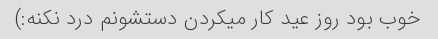
خوب بود روز عید کار میکردن دستشونم درد نکنه:)